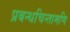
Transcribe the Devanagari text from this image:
प्रबन्धचिन्तामणि